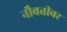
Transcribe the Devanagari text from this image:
नौबतीवर